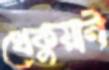
খেকুয়ানী